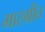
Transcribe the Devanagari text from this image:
मारग्रीत